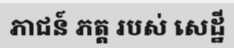
ភាជន៍ ភត្ត របស់ សេដ្ឋី